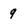
Character: 9